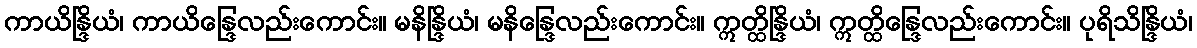
ကာယိန္ဒြိယံ၊ ကာယိန္ဒြေလည်းကောင်း။ မနိန္ဒြိယံ၊ မနိန္ဒြေလည်းကောင်း။ ဣတ္ထိန္ဒြိယံ၊ ဣတ္ထိန္ဒြေလည်းကောင်း။ ပုရိသိန္ဒြိယံ၊